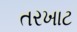
તરખાટ